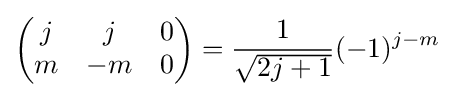
{\begin{pmatrix}j&j&0\\m&-m&0\end{pmatrix}}={\frac {1}{\sqrt {2j+1}}}(-1)^{j-m}